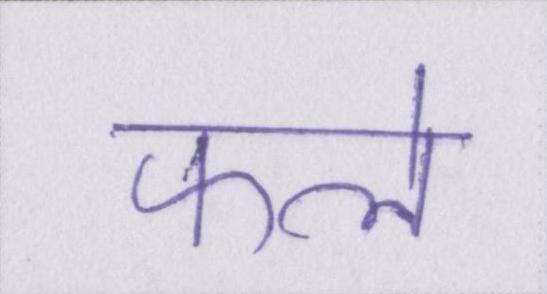
फले